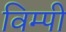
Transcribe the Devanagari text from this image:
विम्पी